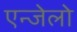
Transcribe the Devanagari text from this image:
एन्जेलो